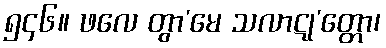
၅၄၆။ ဖလေ တွာ’မေ သလာဋု’တ္တော၊